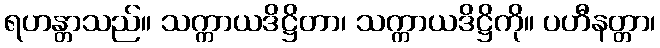
ရဟန္တာသည်။ သက္ကာယဒိဋ္ဌိတာ၊ သက္ကာယဒိဋ္ဌိကို။ ပဟီနတ္တာ၊